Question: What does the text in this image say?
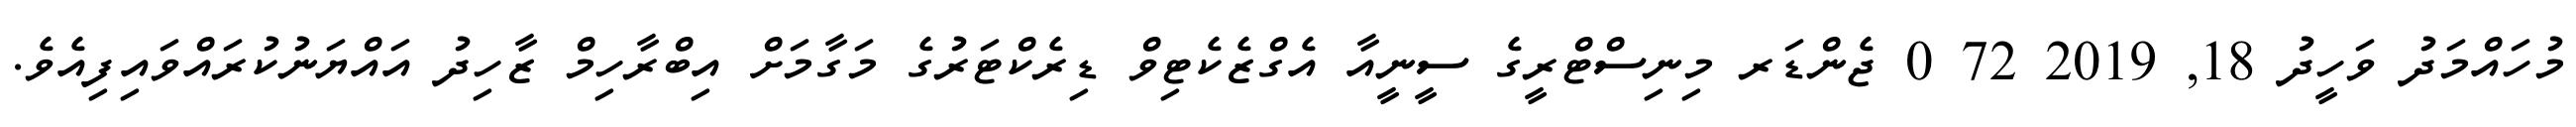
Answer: މުހައްމަދު ވަހީދު 18, 2019 72 0 ޖެންޑަރ މިނިސްޓްރީގެ ސީނީއާ އެގްޒެކެޓިވް ޑިރެކްޓަރުގެ މަގާމަށް އިބްރާހިމް ޒާހިދު އައްޔަނުކުރައްވައިފިއެވެ.